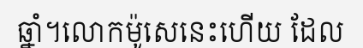
ឆ្នាំ។លោកម៉ូសេនេះហើយ ដែល